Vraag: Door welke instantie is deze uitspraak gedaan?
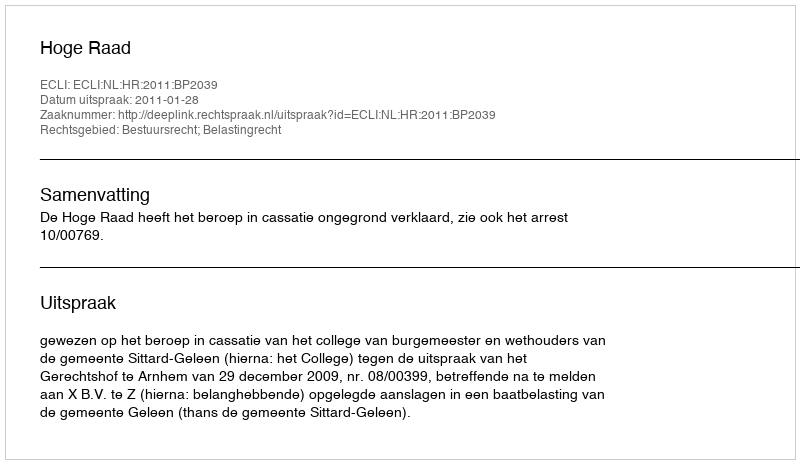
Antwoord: Hoge Raad